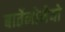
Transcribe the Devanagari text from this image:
बार्तेलोमेयो